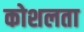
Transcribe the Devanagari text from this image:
कोशलता